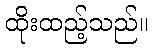
ထိုးထည့်သည်။